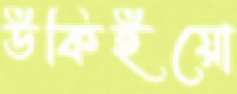
উকিইয়ো